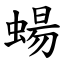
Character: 蝪